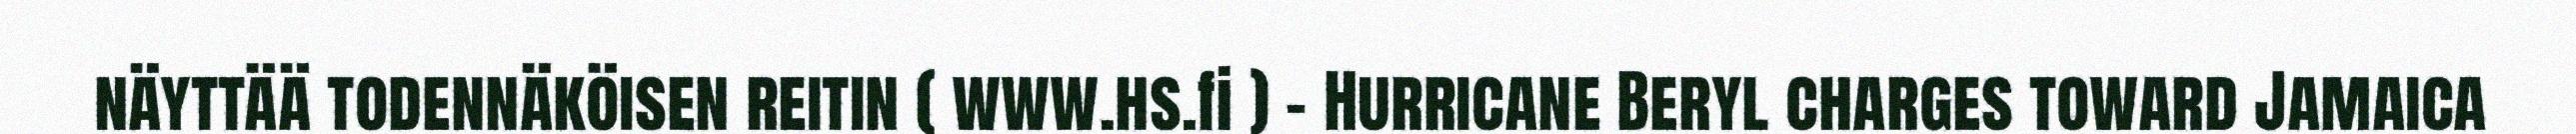
näyttää todennäköisen reitin ( www.hs.fi ) – Hurricane Beryl charges toward Jamaica